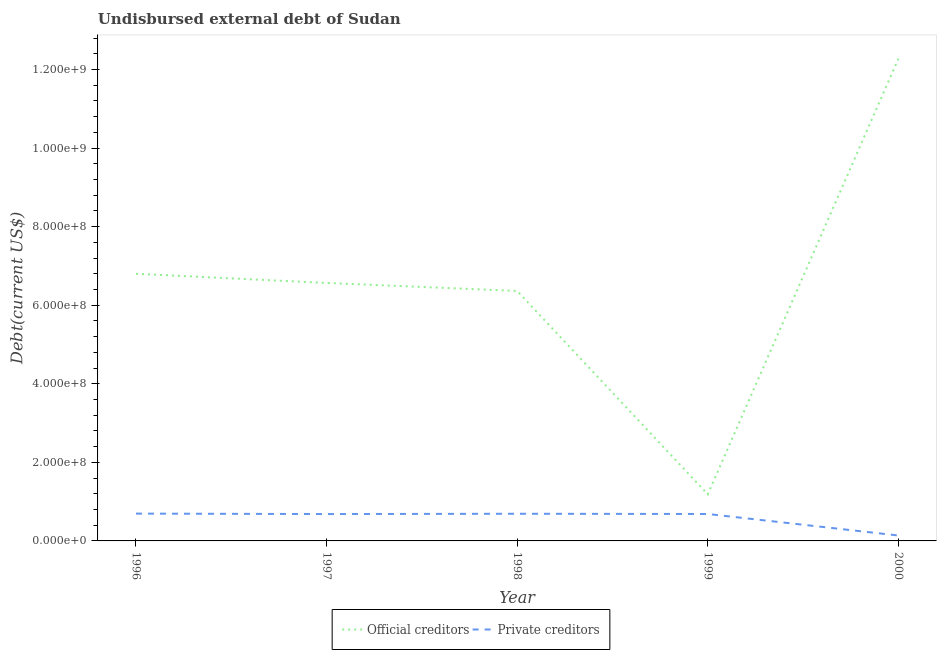
| Year | Official creditors | Private creditors |
 | --- | --- | --- |
 | 1996 | 6.8e+08 | 6.95e+07 |
 | 1997 | 6.57e+08 | 6.84e+07 |
 | 1998 | 6.36e+08 | 6.92e+07 |
 | 1999 | 1.19e+08 | 6.86e+07 |
 | 2000 | 1.23e+09 | 1.38e+07 |